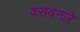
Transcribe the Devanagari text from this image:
वसवनारे